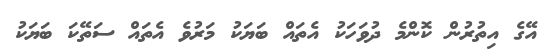
އޭގެ އިތުރުން ކޮންމެ ދުވަހަކު އެތައް ބަޔަކު މަރުވެ އެތައް ސަތޭކަ ބަޔަކު